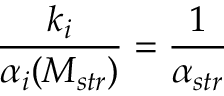
\frac { k _ { i } } { \alpha _ { i } ( M _ { s t r } ) } = { \frac { 1 } { \alpha _ { s t r } } }